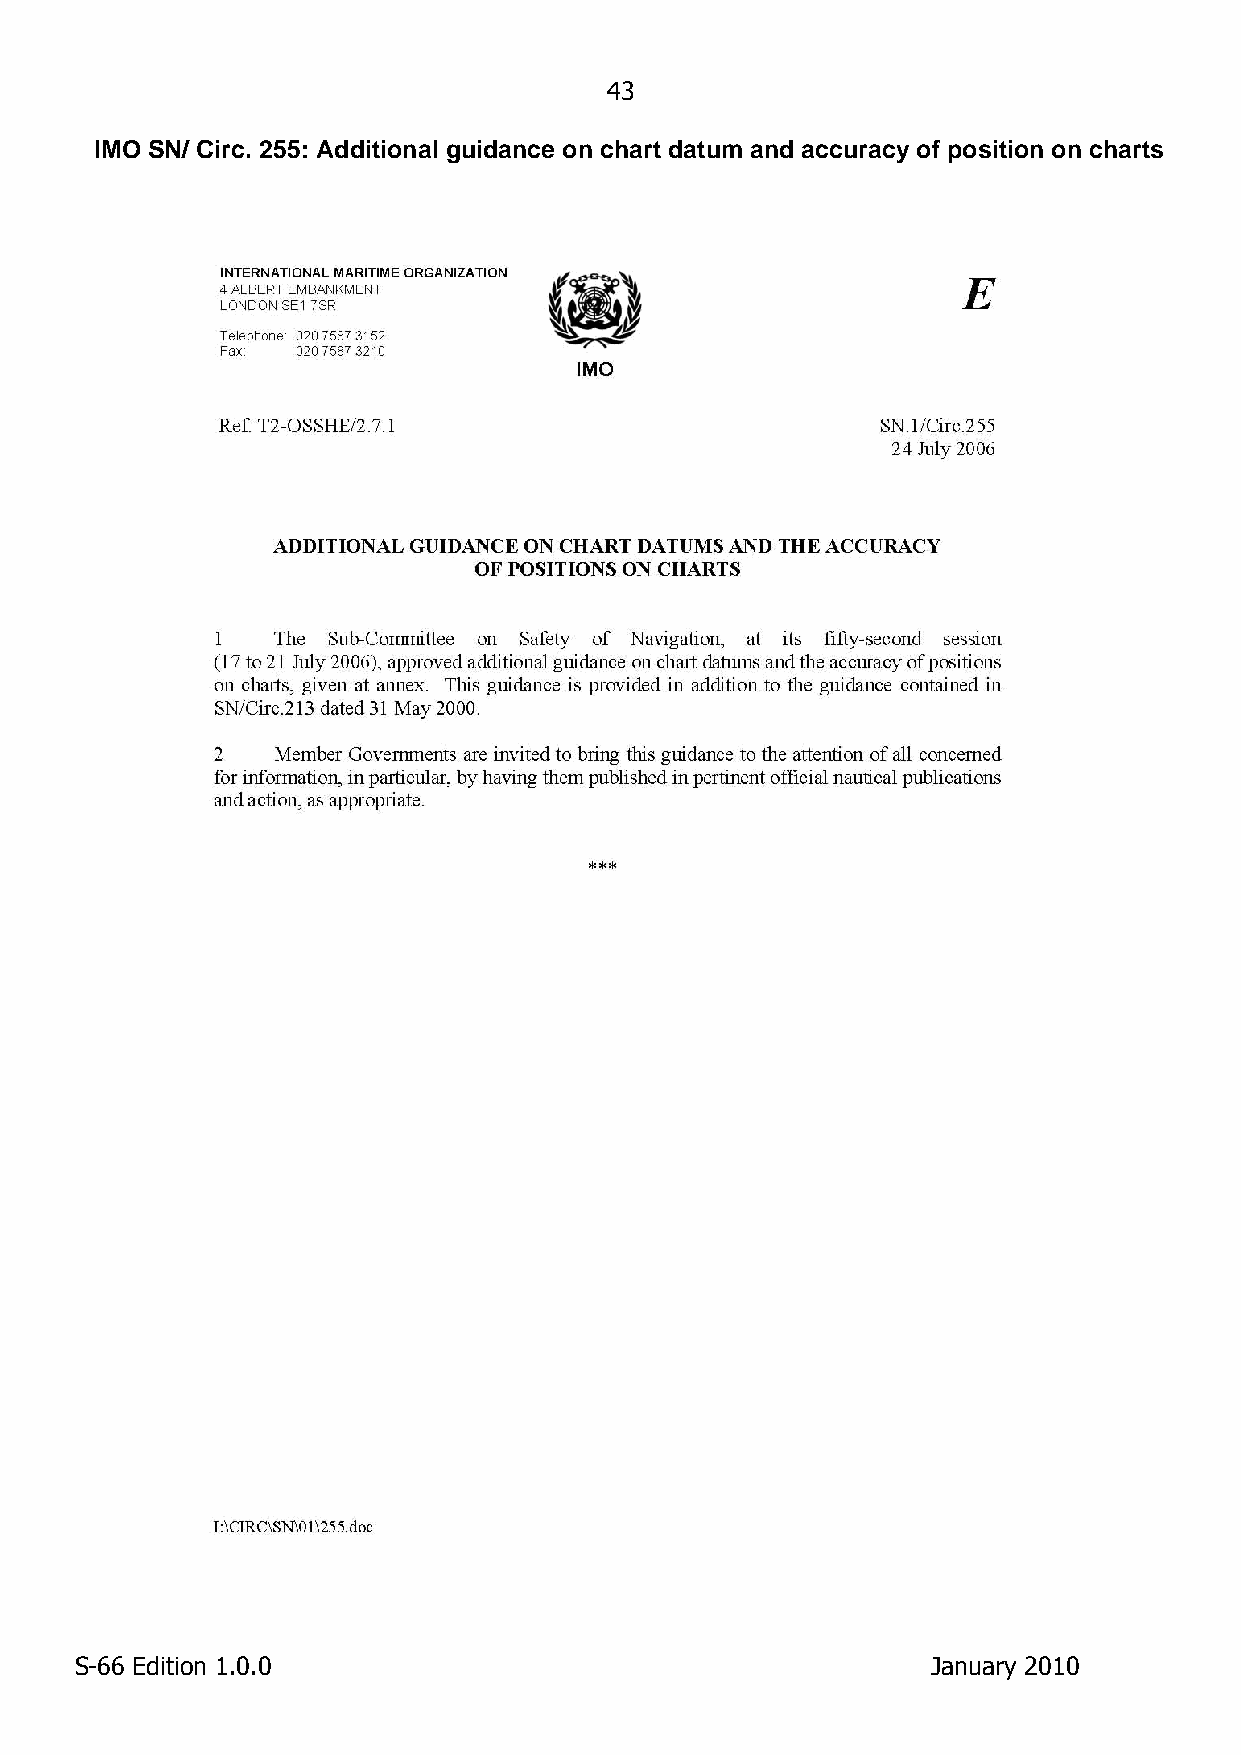
43
 IMO SN/ Circ. 255: Additional guidance on chart datum and accuracy of position on charts
 S-66 Edition 1.0.0                                       January 2010